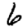
Digit: 6